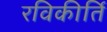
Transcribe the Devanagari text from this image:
रविकीर्ति